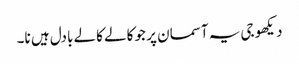
دیکھو جی یہ آسمان پر جو کالے کالے بادل ہیں نا۔